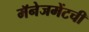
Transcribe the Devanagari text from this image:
मॅनेजमेंटची